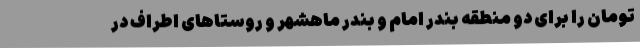
تومان را برای دو منطقه بندر امام و بندر ماهشهر و روستاهای اطراف در